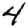
Digit: 4